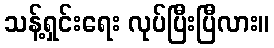
သန့်ရှင်းရေး လုပ်ပြီးပြီလား။